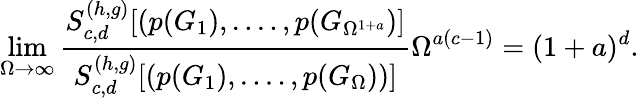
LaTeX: \operatorname*{lim}_{\Omega\to\infty}\frac{S_{c,d}^{(h,g)}[(p(G_{1}),....,p(G_{\Omega^{1+a}})]}{S_{c,d}^{(h,g)}[(p(G_{1}),....,p(G_{\Omega}))]}\Omega^{a(c-1)}=(1+a)^{d}.